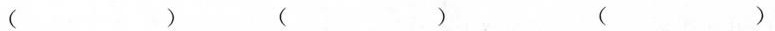
（）（）（）